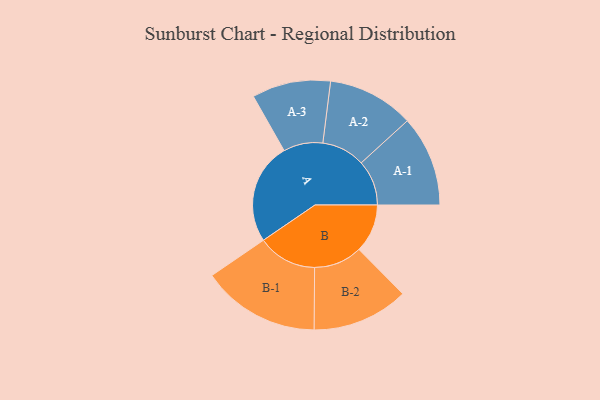
{"axis": {"x": "Segment", "y": "Value"}, "legend": ["", "A", "B"], "data": [{"x": "A", "y": 389, "type": ""}, {"x": "B", "y": 186, "type": ""}, {"x": "A-1", "y": 174, "type": "A"}, {"x": "A-2", "y": 166, "type": "A"}, {"x": "A-3", "y": 151, "type": "A"}, {"x": "B-1", "y": 227, "type": "B"}, {"x": "B-2", "y": 185, "type": "B"}]}